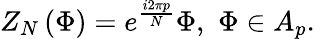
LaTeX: Z_{N}\left(\Phi\right)=e^{\frac{i2\pi p}{N}}\Phi,\, \, \Phi\in A_{p}.